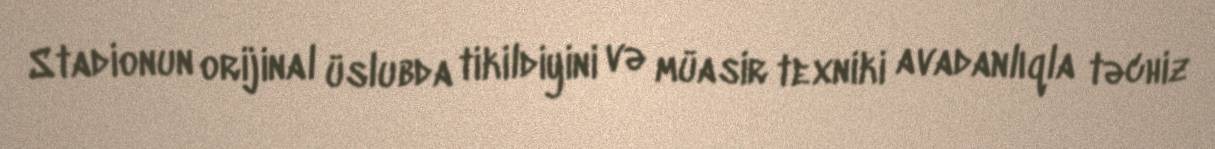
Stadionun orijinal üslubda tikildiyini və müasir texniki avadanlıqla təchiz